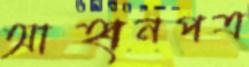
আহ্বানপত্র